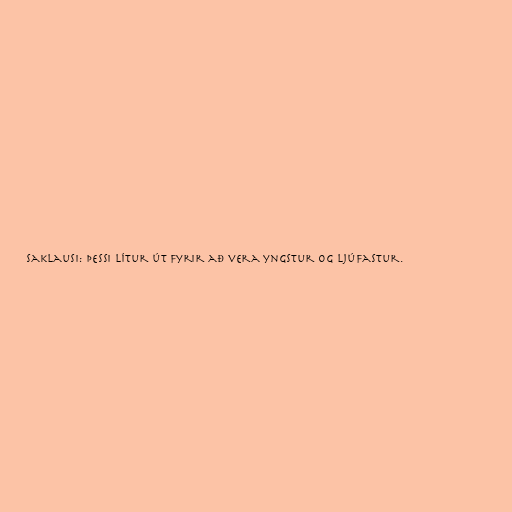
saklausi: Þessi lítur út fyrir að vera yngstur og ljúfastur.